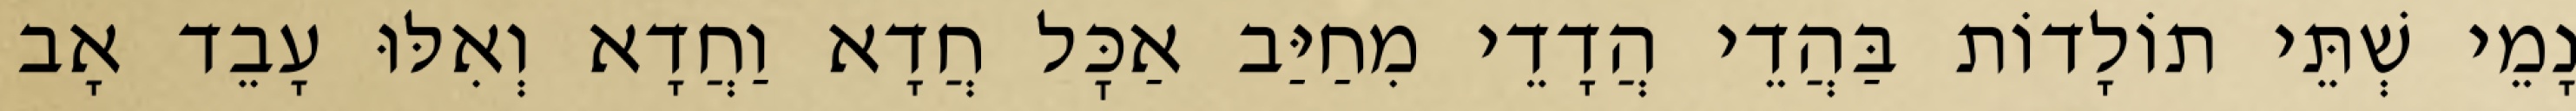
נָמֵי שְׁתֵּי תוֹלָדוֹת בַּהֲדֵי הֲדָדֵי מִחַיַּב אַכׇּל חֲדָא וַחֲדָא וְאִלּוּ עָבֵד אָב